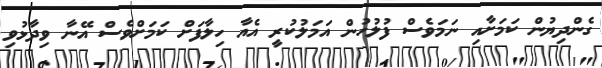
ގެންދިޔުން ކަމަށާއި ނަމަވެސް ފުލުހުން އަމަލުކުރީ އެއާ ހިލާފަށް ކަމަށްވެސް އޭނާ ވިދާޅުވި